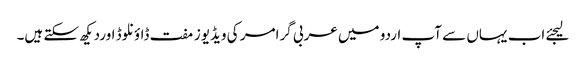
لیجئے اب یہاں سے آپ اردو میں عربی گرامر کی ویڈیوز مفت ڈاؤنلوڈ اوردیکھ سکتے ہیں۔